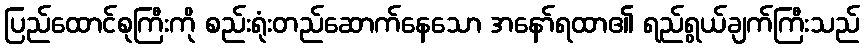
ပြည်ထောင်စုကြီးကို စည်းရုံးတည်ဆောက်နေသော အနော်ရထာ၏ ရည်ရွယ်ချက်ကြီးသည်